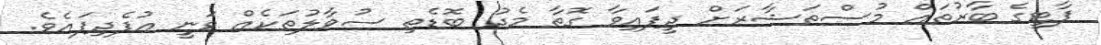
ޕާޓީގެ ބާރުތައް މުސްތަޝާރަށް ދީފައިވާ ގޮތާ މެދު ބޮޑެތި ސުވާލުތަކެއް ވަނީ އުފެދިފައެވެ.